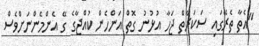
"އެތާ ތެރޭގައި ސަކަރާތް ޖަހާ އުޅުނު ގޮތް އަންހެން ކުއްޖާގެ ގޭ އެންމެންނަށްވެސް